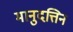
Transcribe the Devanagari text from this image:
मानुदत्तिन